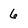
Character: 6